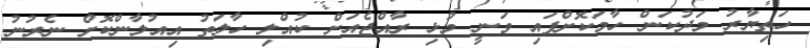
ހަތިޔާރު މަދުކަން ހާމަކޮށްފައި ވަނީ މުޅި ރާއްޖެއަށް ކުއްލި ހާލަތު އިއުލާންކޮށް ނެރުނު